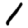
Digit: 1